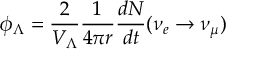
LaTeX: \phi _ { \Lambda } = \frac { 2 } { V _ { \Lambda } } \frac { 1 } { 4 \pi r } \frac { d N } { d t } ( \nu _ { e } \rightarrow \nu _ { \mu } )